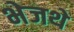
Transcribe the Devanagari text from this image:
भेजथे